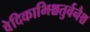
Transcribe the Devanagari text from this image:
वेदिकाभिश्चतुर्वनैश्च